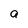
Character: a